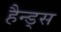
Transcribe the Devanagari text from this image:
हैन्ड्स